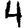
Digit: 4